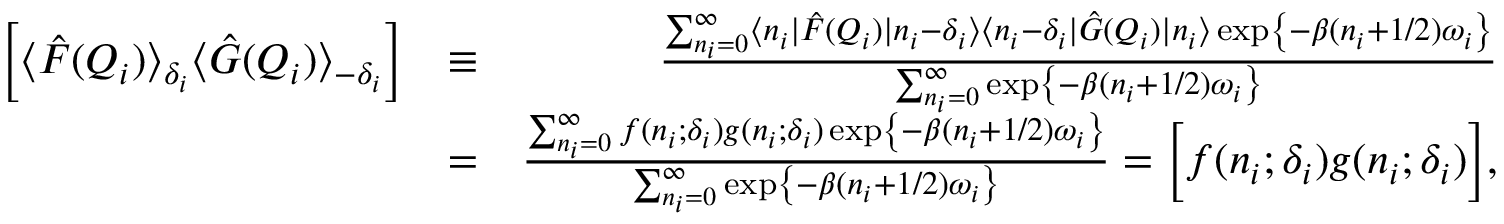
\begin{array} { r l r } { \left[ \langle \hat { F } ( Q _ { i } ) \rangle _ { \delta _ { i } } \langle \hat { G } ( Q _ { i } ) \rangle _ { - \delta _ { i } } \right] } & { \equiv } & { \frac { \sum _ { n _ { i } = 0 } ^ { \infty } \langle n _ { i } | \hat { F } ( Q _ { i } ) | n _ { i } - \delta _ { i } \rangle \langle n _ { i } - \delta _ { i } | \hat { G } ( Q _ { i } ) | n _ { i } \rangle \exp \left\{ - \beta ( n _ { i } + 1 / 2 ) \omega _ { i } \right\} } { \sum _ { n _ { i } = 0 } ^ { \infty } \exp \left\{ - \beta ( n _ { i } + 1 / 2 ) \omega _ { i } \right\} } } \\ & { = } & { \frac { \sum _ { n _ { i } = 0 } ^ { \infty } f ( n _ { i } ; \delta _ { i } ) g ( n _ { i } ; \delta _ { i } ) \exp \left\{ - \beta ( n _ { i } + 1 / 2 ) \omega _ { i } \right\} } { \sum _ { n _ { i } = 0 } ^ { \infty } \exp \left\{ - \beta ( n _ { i } + 1 / 2 ) \omega _ { i } \right\} } = \Big [ f ( n _ { i } ; \delta _ { i } ) g ( n _ { i } ; \delta _ { i } ) \Big ] , } \end{array}